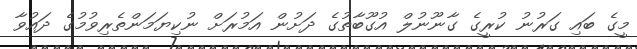
މީގެ ބައި ގަރުނު ކުރީގެ ގާނޫނުލް އުގޫބާތުގެ ދަށުން އަމުރަށް ނުކިޔަމަންތެރިވުމުގެ ދައުވާ